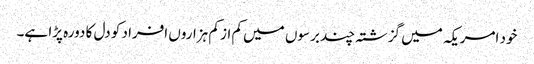
خود امریکہ میں گزشتہ چند برسوں میں کم از کم ہزاروں افراد کو دل کا دورہ پڑا ہے۔